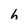
Character: h